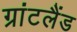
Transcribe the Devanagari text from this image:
ग्रांटलैंड